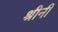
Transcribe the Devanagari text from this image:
श्रीनी